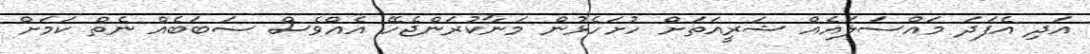
އަދި އެފަދަ މައްސަލައެއް ޝަރީއަތަށް ހުށަހެޅުން މަނާކުރަންޖެހޭ އެއްވެސް ސަބަބެއް ނެތް ކަމަށް